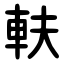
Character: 䡍